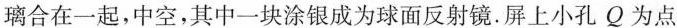
璃合在一起，中空，其中一块涂银成为球面反射镜.屏上小孔Q为点